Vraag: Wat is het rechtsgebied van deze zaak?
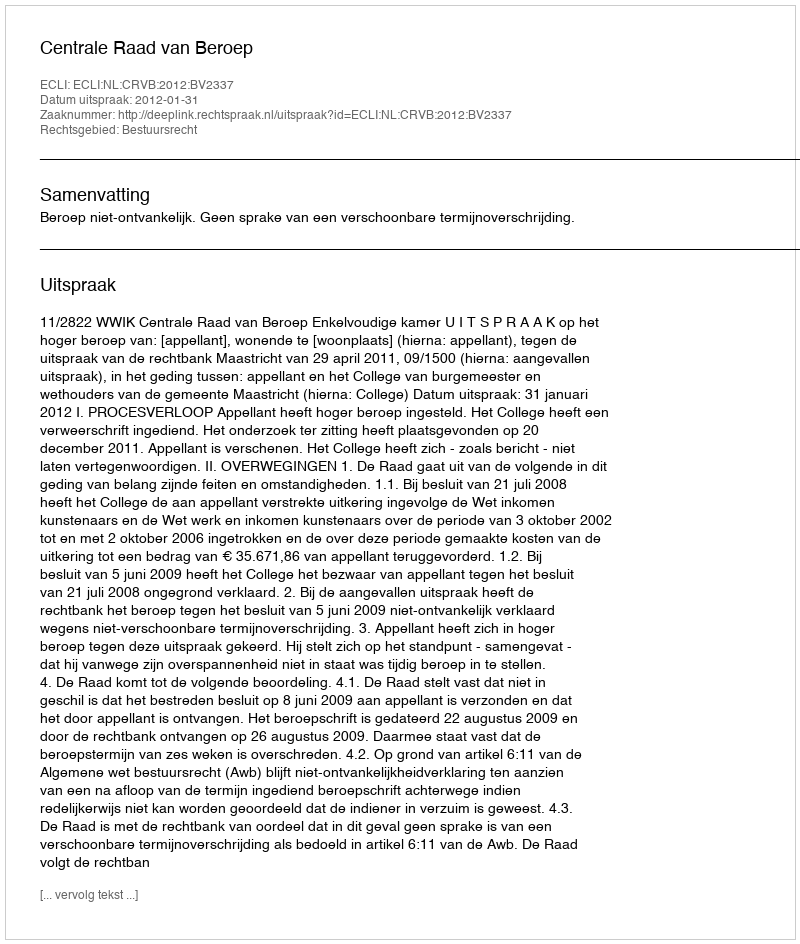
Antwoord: Bestuursrecht